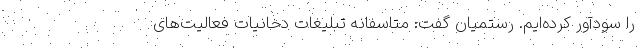
را سودآور کرده‌ایم. رستمیان گفت: متاسفانه تبلیغات دخانیات فعالیت‌های